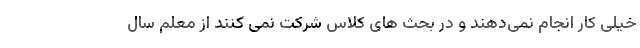
خیلی کار انجام نمی‌دهند و در بحث های کلاس شرکت نمی کنند از معلم سال